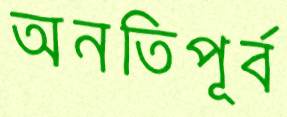
অনতিপূর্ব